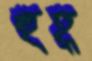
হুহ্